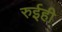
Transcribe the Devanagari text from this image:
रुईही